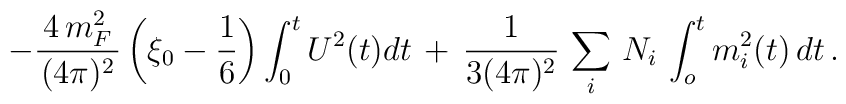
-\frac{\,4\,m_{F}^{2}\,}{(4\pi )^{2}}\left( \xi _{0}-\frac{1}{6}\right)\int_{0}^{t}U^{2}(t)dt\,+\,\frac{1}{3(4\pi )^{2}}\,\sum_{i}\,N_{i}\,\int_{o}^{t}m_{i}^{2}(t)\,dt\,.